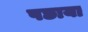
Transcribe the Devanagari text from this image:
पछाया